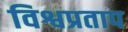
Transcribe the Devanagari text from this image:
विश्वप्रताप